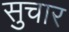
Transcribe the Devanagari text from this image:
सुचार